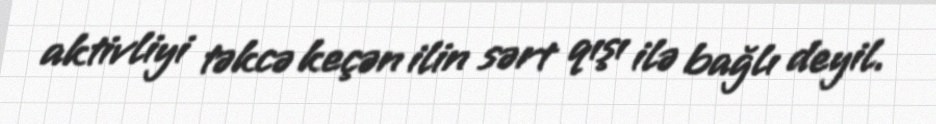
aktivliyi təkcə keçən ilin sərt qışı ilə bağlı deyil.